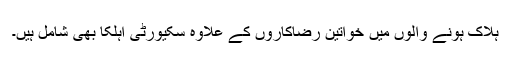
ہلاک ہونے والوں میں خواتین رضاکاروں کے علاوہ سکیورٹی اہلکا بھی شامل ہیں۔